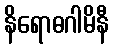
နိရောဓဂါမိနီ